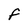
Character: F